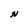
Character: N